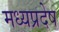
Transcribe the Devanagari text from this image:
मध्यप्रदेष